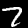
Digit: 7